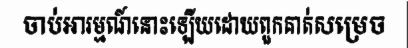
ចាប់អារម្មណ៍នោះឡើយដោយពួកគាត់សម្រេច